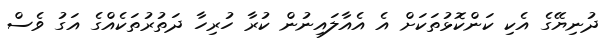
ދުނިޔޭގެ އެކި ކަންކޮޅުތަކަށް އެ އެއާލައިނުން ކުރާ ހުރިހާ ދަތުރުތަކެއްގެ އަގު ވެސް